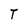
Character: T